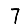
Digit: 7